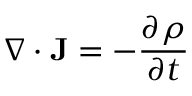
\nabla \cdot \mathbf { J } = - { \frac { \partial \rho } { \partial t } }